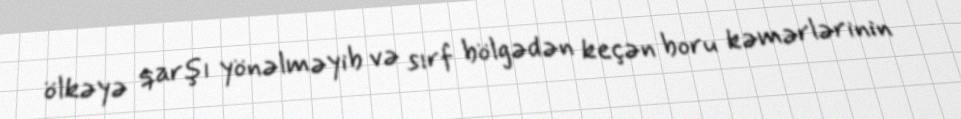
ölkəyə qarşı yönəlməyib və sırf bölgədən keçən boru kəmərlərinin